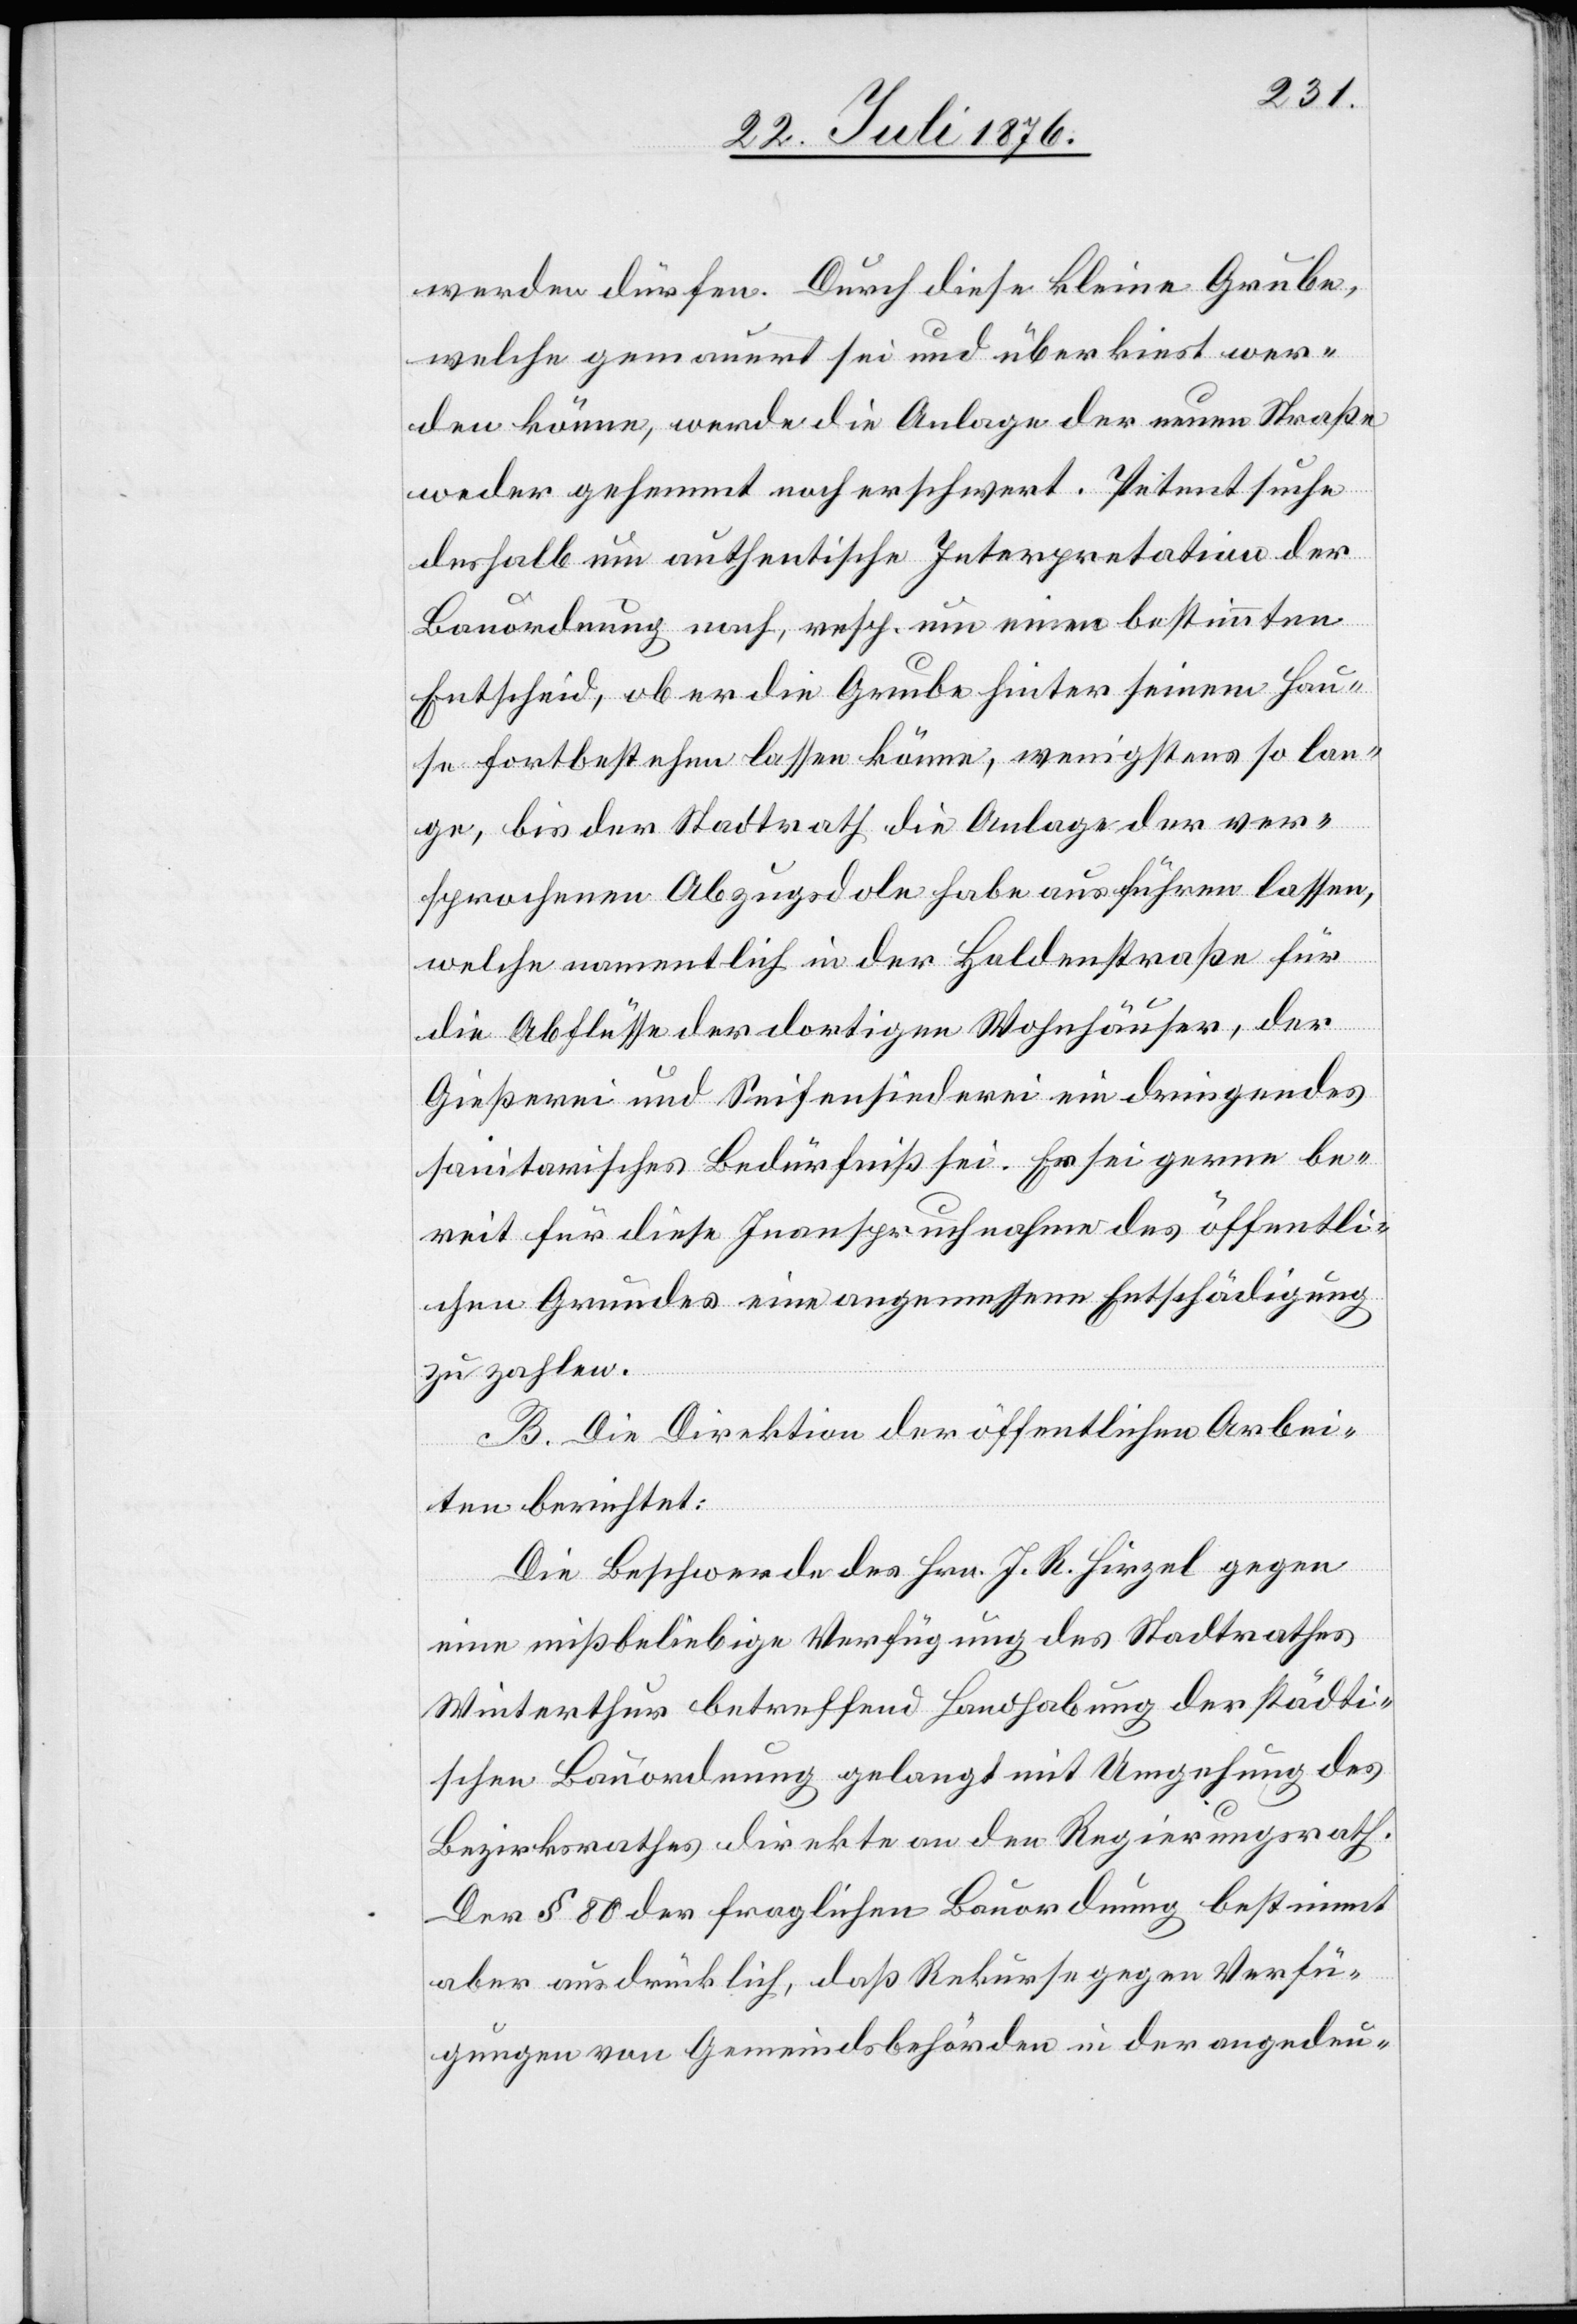
werden dürfen. Durch diese kleine Grube,
welche gemauert sei und überkiest wer¬
den könne, werde die Anlage der neuen Straße
weder gehemmt noch erschwert. Petent sucht
deshalb um authentische Interpretation der
Bauordnung nach, resp. um einen bestimmten
Entscheid, ob er die Grube hinter seinem Hau¬
se fortbestehen lassen könne, wenigstens so lan¬
ge, bi des Stadtrath sich die Anlage der ver¬
sprochenen Abzugsdole habe ausführen lassen,
welche namentlich in der Guldenstraße für
die Abflüsse der dortigen Wohnhäuser, der
Gießerei und Seifensiederei ein dri9ngendes
sanitarisches Bedürfniß sei. Er sei gerne be¬
reit für diese Inanspruchnahme des öffentli¬
chen Grundes eine angemessene Entschädigung
zu zahlen.
B. Die Direktion der öffentlichen Arbei¬
ten berichtet:
Die Beschwerde des Hrn. J. R. Hirzel gegen
eine mißbeliebige Verfügung des Stadtrathes
Winterthur betreffend Handhabung der städti¬
schen Bauordnung gelangt mit Umgehung des
Bezirksrathes direkte an den Regierungsrath.
Der § 80 der fraglichen Bauordnung bestimmt
aber ausdrücklich, daß Rekurse gegen Verfü¬
gungen von Gemeindsbehörden in der angedeu-